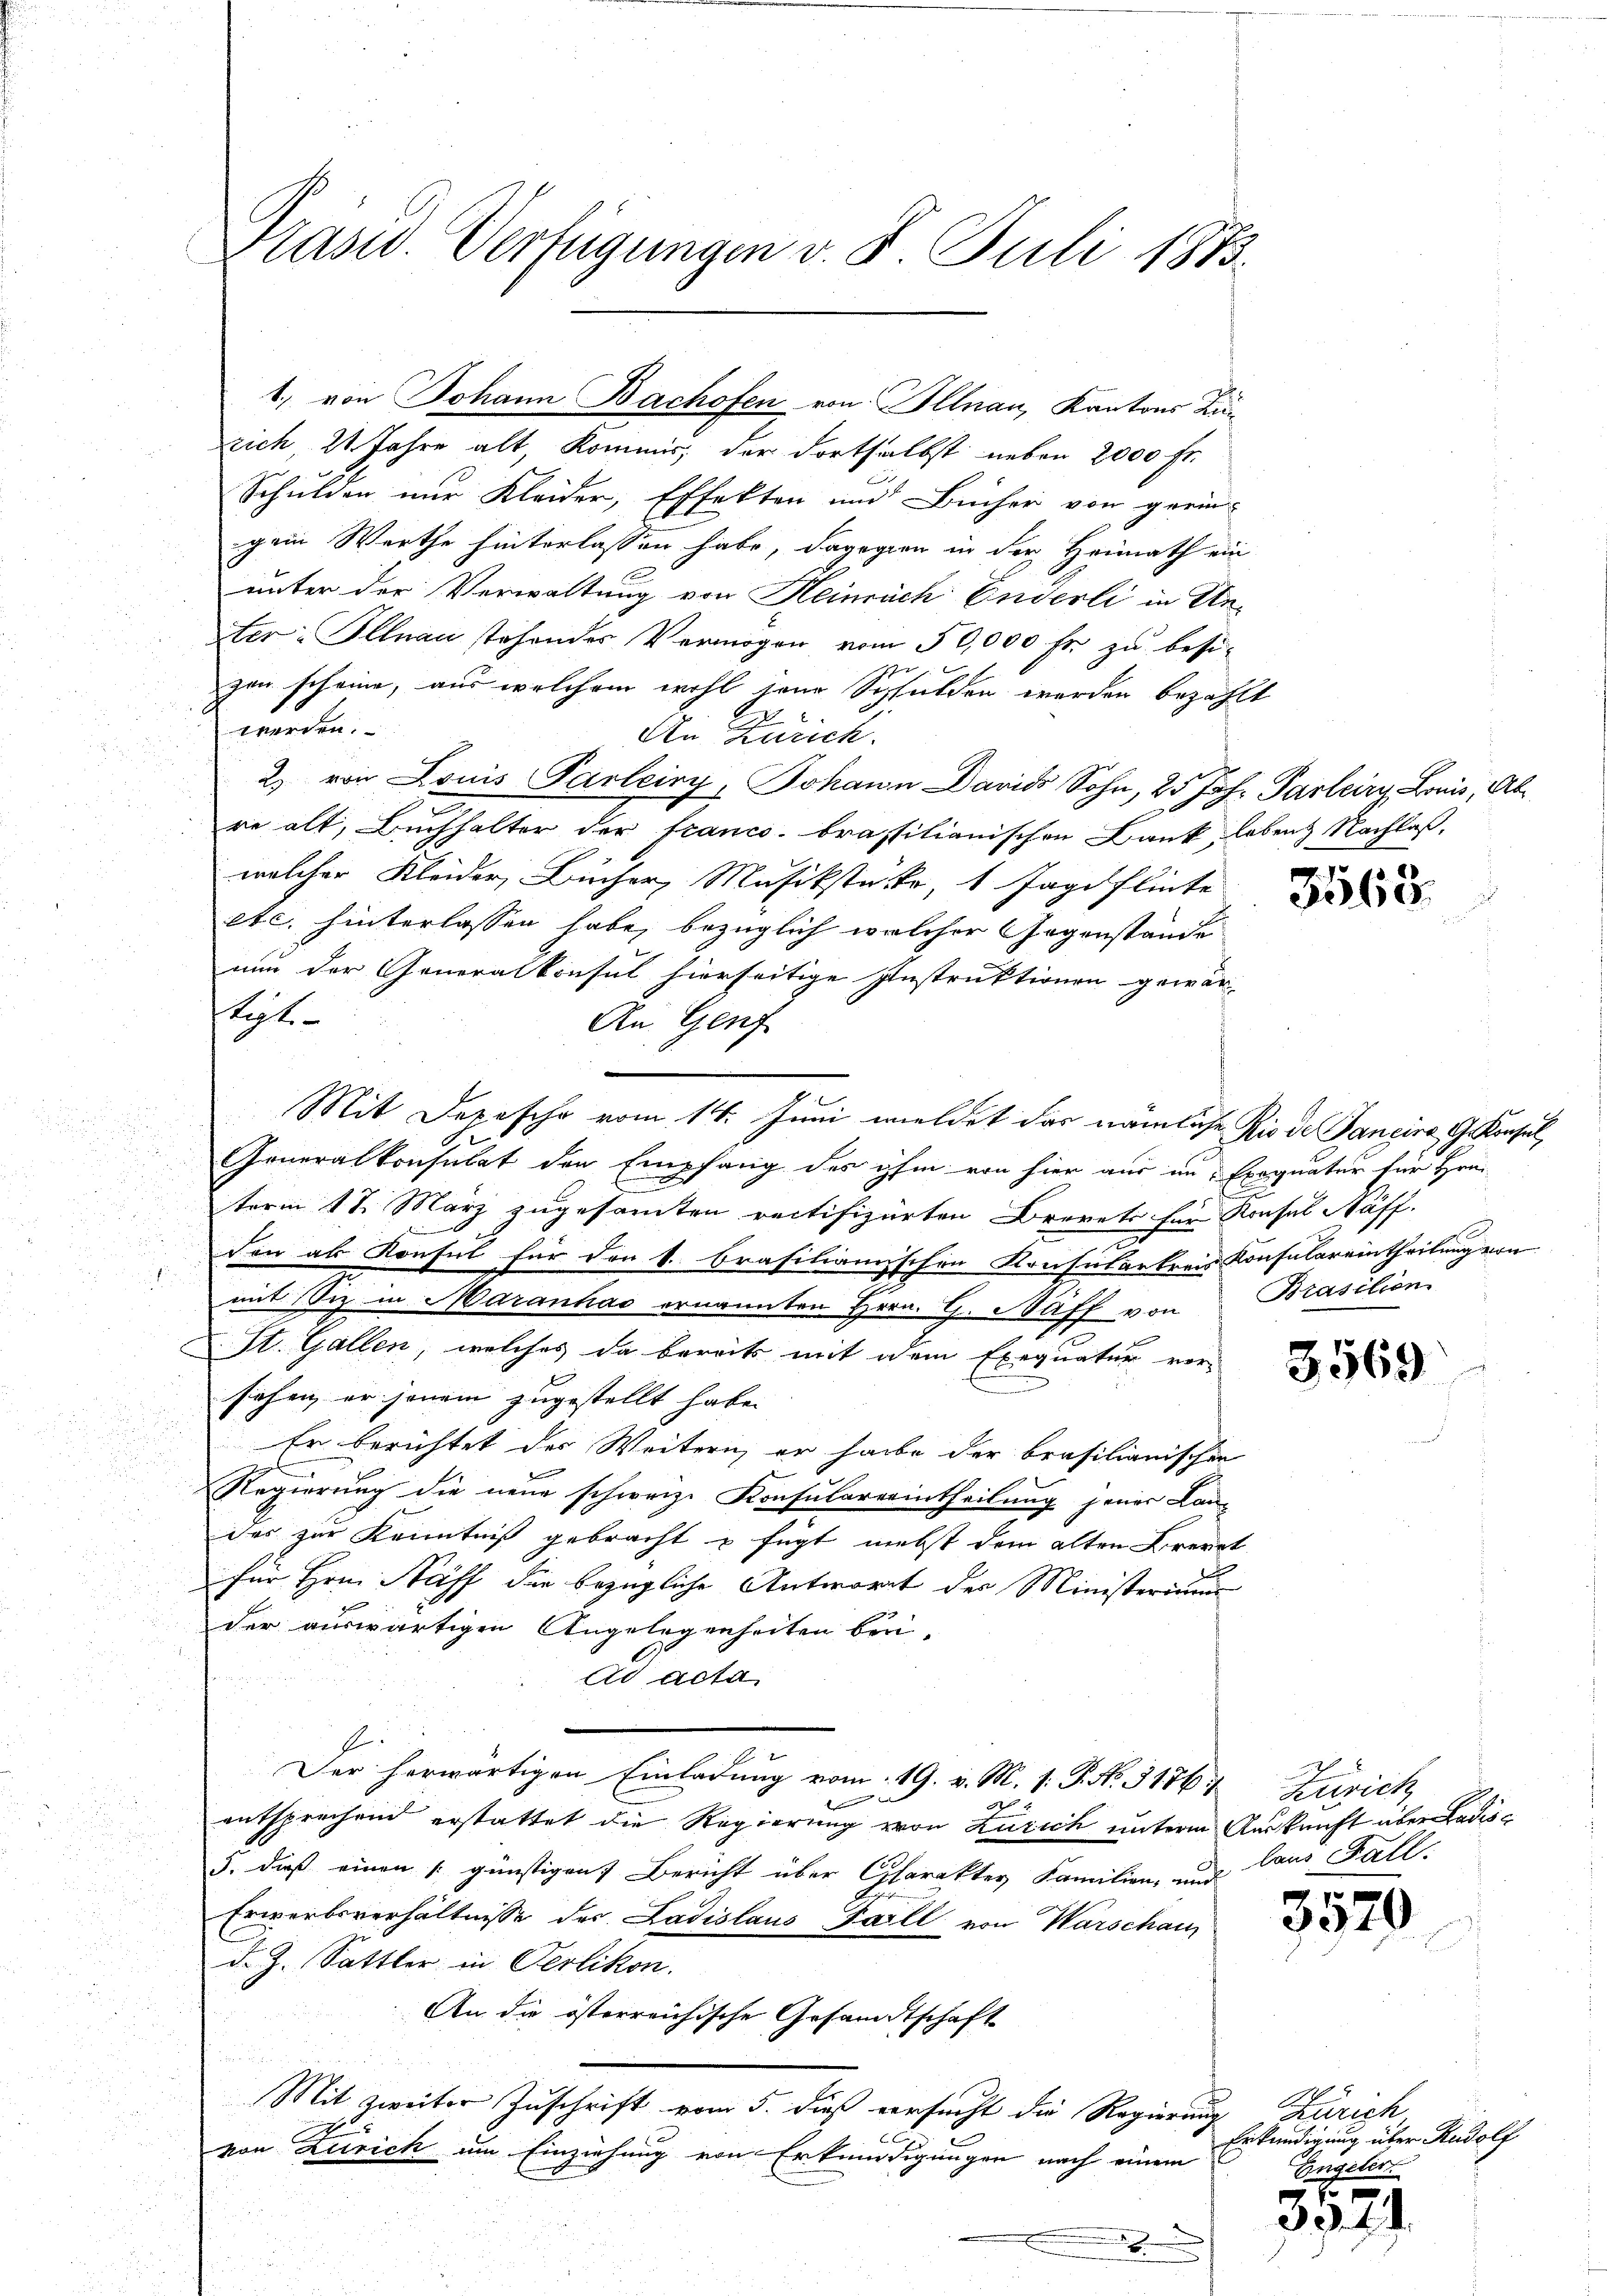
Präsid. Verfügungen v. 8. Juli 1873.

rich, 24 Jahre alt, Kommis, der dortselbst neben 2000 fr.
Schulden nur Kleider, Effekten und Bücher von gerin-
gem Werthe hinterlassen habe, davogien in der Heimath ein
unter der Verwaltung von Heinräch Enderli in Uner-Illnau stehendes Vermögen vom 50,000 fr. zu besi-
zen scheine, aus welchem wohl seine Schulden werden bezahlt
1
werden.
An Zürich.
2) von Louis Parleiry, Johann David Sohn, 25 Jahr Parleiry Louis, Ab
re alt, Buchhalter der francs. brassilianischen Bank, leben Nachlaß,
welcher Kleider, Bücher, Musikstätte, 1 Jagdflinte
etc. hinterlassen habe, bezüglich welcher Gegenstände
nun der Generalkonsul hierseitige Instruktionen gewär-
septe
An Genf
i
Mit Depesche vom 14. Juni meldet das nämliche Rio de Sancier Gekonsul,

Generalkonsulat den Empfang des ihm von hier aus in Eroquatur für Hrn.

term 17. März zugesamten rectifizirten Brevets für Konses Näff.

keine
.
den als Konsul für den k. Brasilianischen Konsularkreis Konsulareintheilung von

g
mit Siz in Maranhas ernannten Hrrn. G. Haff von Brasilien
ISt. Gallen, welches da bereits mit dem Exequatur vor
sehen, er jenem zugestellt habe.
Er berichtet des Weitern, er habe der brasilianischen
Regierung die neue schweiz. Konsularerintheilung jener Lan-
das zur Kenntniß gebracht u fügt nebst dem alten Brevet
für Hrn. Näff die bezügliche Antwort der Ministeriums
der auswärtigen Angelegenheiten beri
Ad acta
Der herwärtigen Einladung vom 19. v. M. 1. P. No. 3176. Zürich
d
entsprechend erstattet die Regierung von Zürich unterm Auskunft über Badis¬
3. dieß einen günstigen Bericht über Charakter Familien, und laus Fall
Erwerbsverhältnisse der Ladislaus Fall von Warschaus
d. Z. Sattler in Oerlikon.
An die österreichische Gesandtschaft
Mit zweiter Zuschrift vom 5. dieß versucht die Regierung
J
von Zürich um Einziehung von Erkundigungen nach einem
.

1) von Johann Bachofen von Illnau, Kantons Län

b

.70
3365.

a

1 x
3340

s
39. 4. d.

Zürich
Erkundigung über Rudolf
Engeler.